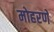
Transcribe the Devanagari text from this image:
मोहरणे